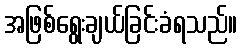
အဖြစ်ရွေးချယ်ခြင်းခံရသည်။